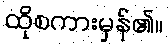
ထိုစကားမှန်၏။